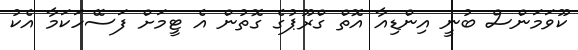
ކޫވަމަންސް ބުނީ އިންޑިއާ އޮތް ގްރޫޕުގެ ގޮތުން އެ ޓީމަށް ފަސޭހަކަމާ އެކު